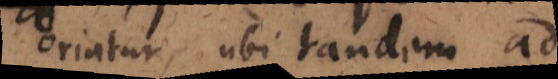
oriatur, ubi tandem ad